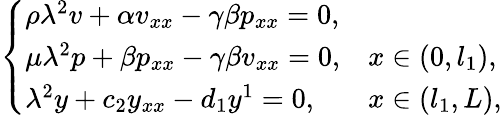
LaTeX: \left\{ \begin{array}{ll}{\rho{\lambda}^{2}v+\alpha v_{xx}-\gamma\beta p_{xx}=0,}&\\ {\mu{\lambda}^{2}p+\beta p_{xx}-\gamma\beta v_{xx}=0,}&{x\in(0,l_{1}),}\\ {{\lambda}^{2}y+c_{2}y_{xx}-d_{1}y^{1}=0,}&{x\in(l_{1},L),}\end{array}\right.